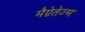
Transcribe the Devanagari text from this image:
मैग्नेतेज्म